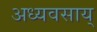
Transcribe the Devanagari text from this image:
अध्यवसाय्